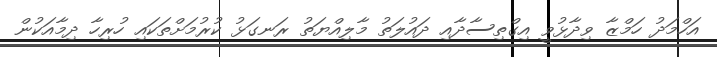
އަހްމަދު ހަމްޒާ ވިދާޅުވީ އިގްތިސާދާއި ދައުލަތު މާލިއްޔަތު ރަނގަޅު ކުރުމަށްތަކައި ހުރިހާ ދިމާއަކުން